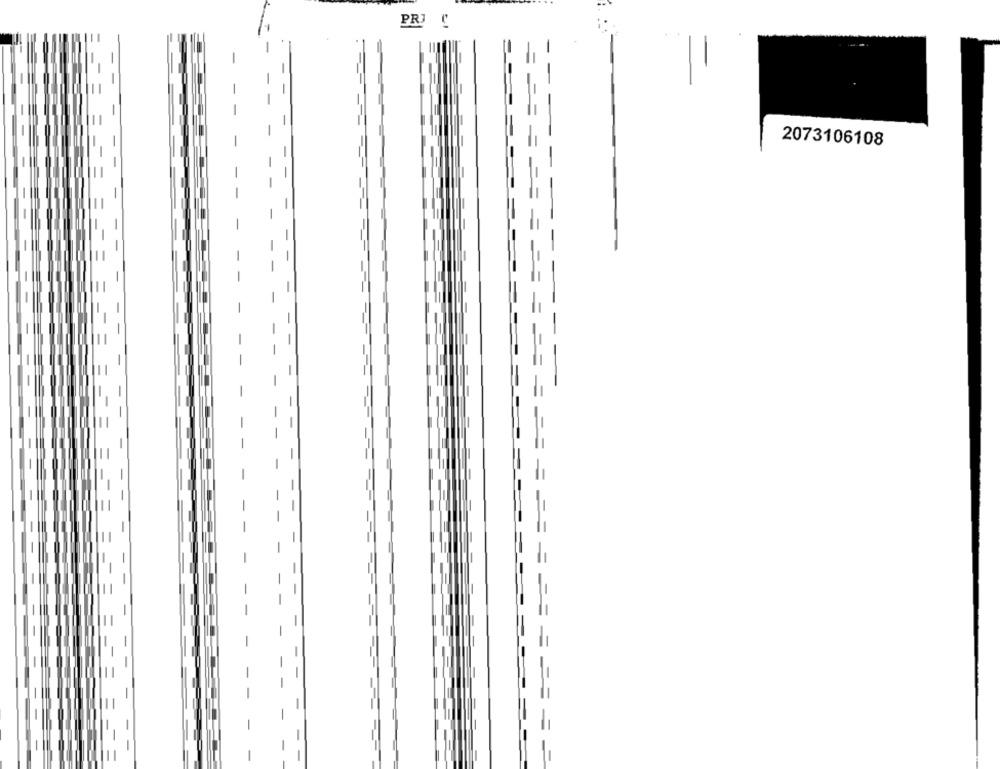
PRI
=1
2073106108